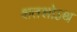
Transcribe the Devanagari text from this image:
शतशोऽथ